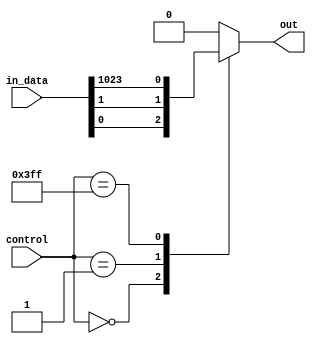
module mux_1024to1 (
    input wire [1023:0] in_data,
    input wire [9:0] control,
    output reg out
);

always @(*) begin
    case (control)
        10'h000: out = in_data[0];
        10'h001: out = in_data[1];
        // Add cases for all 1024 inputs
        10'h3FF: out = in_data[1023];
        default: out = 1'b0; // Default output when control signal is invalid
    endcase
end

endmodule